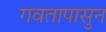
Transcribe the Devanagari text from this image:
गवतापासुन